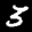
Label: 3